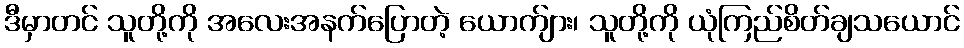
ဒီမှာတင် သူတို့ကို အလေးအနက်ပြောတဲ့ ယောက်ျား၊ သူတို့ကို ယုံကြည်စိတ်ချသယောင်